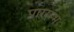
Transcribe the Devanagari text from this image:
प्राररम्भ